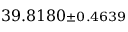
3 9 . 8 1 8 0 { \scriptstyle \pm 0 . 4 6 3 9 }